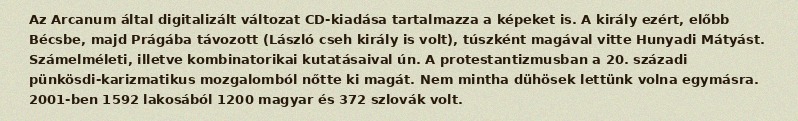
Az Arcanum által digitalizált változat CD-kiadása tartalmazza a képeket is. A király ezért, előbb Bécsbe, majd Prágába távozott (László cseh király is volt), túszként magával vitte Hunyadi Mátyást. Számelméleti, illetve kombinatorikai kutatásaival ún. A protestantizmusban a 20. századi pünkösdi-karizmatikus mozgalomból nőtte ki magát. Nem mintha dühösek lettünk volna egymásra. 2001-ben 1592 lakosából 1200 magyar és 372 szlovák volt.